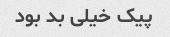
پیک خیلی بد بود